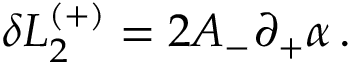
\delta { \cal L } _ { 2 } ^ { ( + ) } = 2 A _ { - } \partial _ { + } \alpha \, .